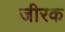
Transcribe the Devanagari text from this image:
जीरक